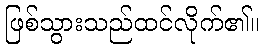
ဖြစ်သွားသည်ထင်လိုက်၏။